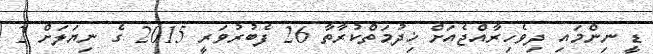
ޑީ ނިންމައި ދިވެހިރާއްޖެއަށް ޚިދުމަތްކުރާތާ 26 ފެބުރުވަރީ 2015 ގެ ނިޔަލަށް 2